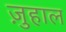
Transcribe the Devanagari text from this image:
ज़ुहाल